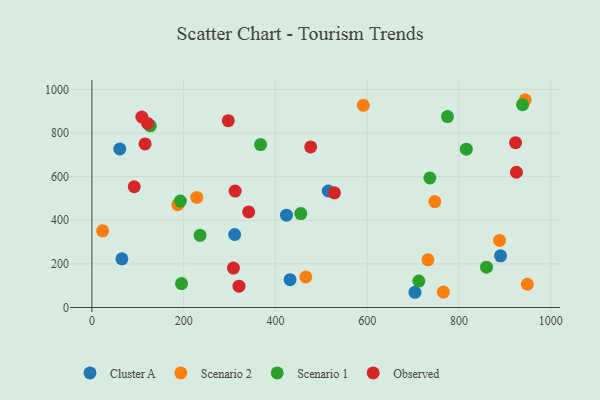
{"axis": {"x": "Speed", "y": "Exam Score"}, "legend": ["Cluster A", "Observed", "Scenario 1", "Scenario 2"], "data": [{"x": "424.2", "y": 423.3, "type": "Cluster A"}, {"x": "60.8", "y": 726.9, "type": "Cluster A"}, {"x": "890.7", "y": 237.1, "type": "Cluster A"}, {"x": "65.4", "y": 223.3, "type": "Cluster A"}, {"x": "704.1", "y": 69.8, "type": "Cluster A"}, {"x": "515.2", "y": 534.2, "type": "Cluster A"}, {"x": "431.9", "y": 127.6, "type": "Cluster A"}, {"x": "311.2", "y": 334.8, "type": "Cluster A"}, {"x": "765.9", "y": 70.7, "type": "Scenario 2"}, {"x": "732.4", "y": 218.8, "type": "Scenario 2"}, {"x": "228.6", "y": 504.8, "type": "Scenario 2"}, {"x": "591.6", "y": 927.0, "type": "Scenario 2"}, {"x": "23.4", "y": 351.8, "type": "Scenario 2"}, {"x": "747.4", "y": 485.8, "type": "Scenario 2"}, {"x": "888.5", "y": 307.6, "type": "Scenario 2"}, {"x": "949.1", "y": 106.6, "type": "Scenario 2"}, {"x": "187.1", "y": 471.1, "type": "Scenario 2"}, {"x": "944.4", "y": 952.8, "type": "Scenario 2"}, {"x": "466.3", "y": 140.3, "type": "Scenario 2"}, {"x": "938.6", "y": 930.0, "type": "Scenario 1"}, {"x": "127.3", "y": 833.0, "type": "Scenario 1"}, {"x": "367.7", "y": 746.9, "type": "Scenario 1"}, {"x": "235.8", "y": 331.1, "type": "Scenario 1"}, {"x": "712.7", "y": 121.1, "type": "Scenario 1"}, {"x": "736.6", "y": 593.8, "type": "Scenario 1"}, {"x": "195.4", "y": 109.9, "type": "Scenario 1"}, {"x": "455.3", "y": 430.9, "type": "Scenario 1"}, {"x": "816.0", "y": 725.9, "type": "Scenario 1"}, {"x": "775.0", "y": 875.4, "type": "Scenario 1"}, {"x": "860.0", "y": 184.7, "type": "Scenario 1"}, {"x": "192.9", "y": 488.2, "type": "Scenario 1"}, {"x": "92.3", "y": 553.8, "type": "Observed"}, {"x": "108.9", "y": 873.6, "type": "Observed"}, {"x": "308.5", "y": 180.8, "type": "Observed"}, {"x": "925.3", "y": 620.1, "type": "Observed"}, {"x": "923.3", "y": 755.8, "type": "Observed"}, {"x": "320.6", "y": 97.8, "type": "Observed"}, {"x": "341.7", "y": 438.5, "type": "Observed"}, {"x": "528.6", "y": 525.7, "type": "Observed"}, {"x": "476.8", "y": 736.5, "type": "Observed"}, {"x": "115.9", "y": 750.0, "type": "Observed"}, {"x": "297.2", "y": 856.8, "type": "Observed"}, {"x": "121.5", "y": 844.3, "type": "Observed"}, {"x": "312.2", "y": 534.1, "type": "Observed"}]}